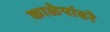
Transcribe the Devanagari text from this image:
काळेपांढरे